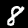
Digit: 8